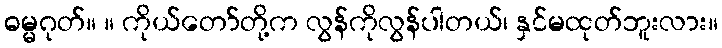
ဓမ္မဂုတ်။ ။ ကိုယ်တော်တို့က လွန်ကိုလွန်ပါတယ်၊ နှင်မထုတ်ဘူးလား။